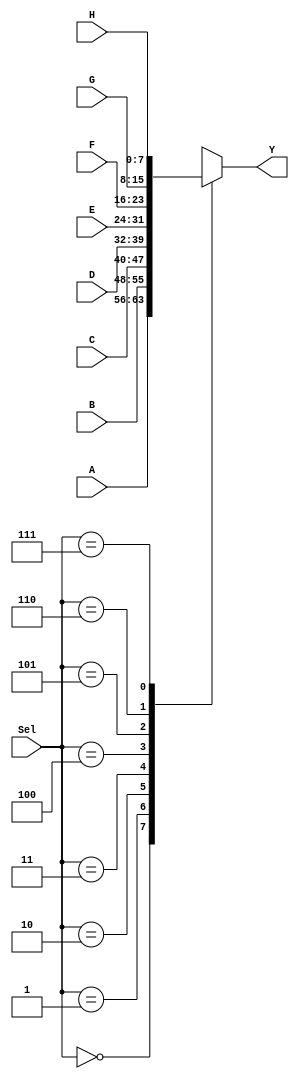
`timescale 1ns / 1ps

/*------------------------------------------------
 * Module:    8:1 MUX
 -----------------------------------------------*/
 
 /************************************************ 
 // [INPUTS]
 // Data lines:		A, B, C, D, E, F, G, H (8-bit)
 // Select line:		Sel (3-bit)
 
 // [OUTPUTS]
 // MUX Selection:	Y (8-bit)
 ************************************************/

module MUX8To1(
	input [7:0] A,B,C,D,E,F,G,H,
	input [2:0] Sel,
	output reg [7:0] Y
);

	always @(Sel)
	begin
		case(Sel)
			0: Y <= A;
			1: Y <= B;
			2: Y <= C;
			3: Y <= D;
			4: Y <= E;
			5: Y <= F;
			6: Y <= G;
			7: Y <= H;
			default: $display("8:1 MUX Selection ERR");
		endcase
	end	

endmodule